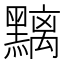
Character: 𪒔